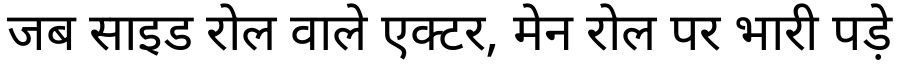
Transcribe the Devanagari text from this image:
जब साइड रोल वाले एक्टर, मेन रोल पर भारी पड़े